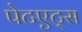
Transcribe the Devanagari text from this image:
पेटएट्स